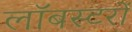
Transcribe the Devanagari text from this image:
लॉबस्टरों